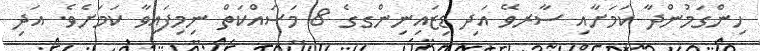
ހިންގަމުންދާ ކަމަށާއި ސާރވޭ އަދި ޑިޒައިނިންގގެ 8 މަސައްކަތް ނިމިފައިވާ ކަމަށެވެ. އަދި